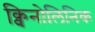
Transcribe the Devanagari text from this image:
क्विनोलिनिक